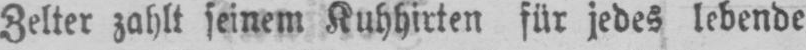
Zelter zahlt seinem Kuhhirten für jedes lebende